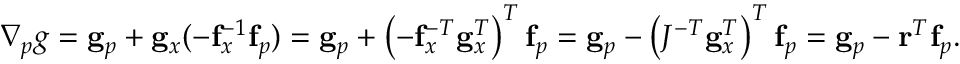
\begin{array} { r } { \nabla _ { p } g = \mathbf { g } _ { p } + \mathbf { g } _ { x } ( - \mathbf { f } _ { x } ^ { - 1 } \mathbf { f } _ { p } ) = \mathbf { g } _ { p } + \left( - \mathbf { f } _ { x } ^ { - T } \mathbf { g } _ { x } ^ { T } \right) ^ { T } \mathbf { f } _ { p } = \mathbf { g } _ { p } - \left( J ^ { - T } \mathbf { g } _ { x } ^ { T } \right) ^ { T } \mathbf { f } _ { p } = \mathbf { g } _ { p } - \mathbf { r } ^ { T } \mathbf { f } _ { p } . } \end{array}